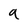
Character: a